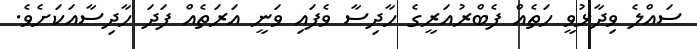
ސައްލެ ވިދާޅުވީ ހަތެއް ފެބްރުއަރީގެ ހާދިސާ ވެފައި ވަނީ އަރަތެއް ފަދަ ހާދިސާއަކަށެވެ.